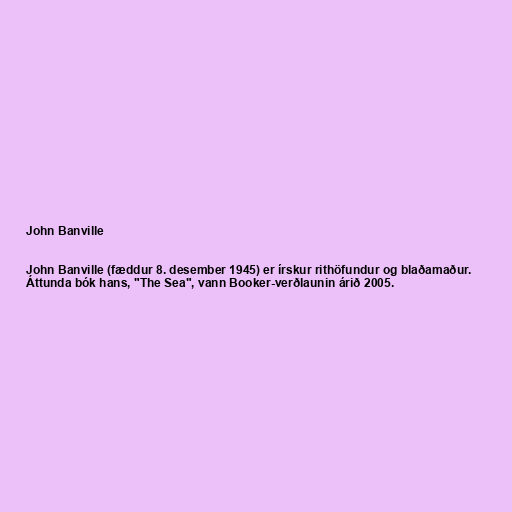
John Banville

John Banville (fæddur 8. desember 1945) er írskur rithöfundur og blaðamaður.
Áttunda bók hans, "The Sea", vann Booker-verðlaunin árið 2005.